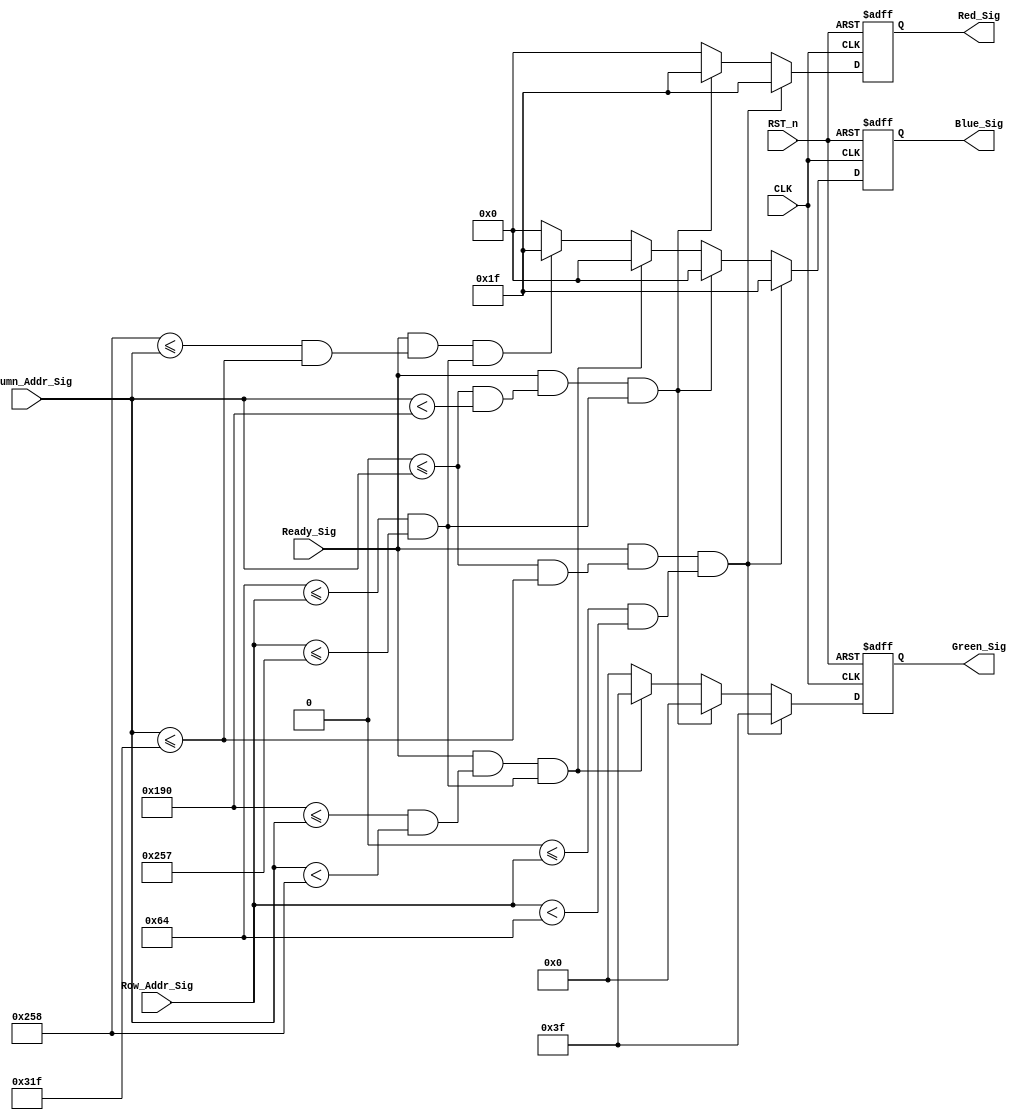


module vga_control_module (
    CLK,
    RST_n,
    Ready_Sig,
    Column_Addr_Sig,
    Row_Addr_Sig,
    Red_Sig,
    Green_Sig,
    Blue_Sig
    );
    
    input CLK;
    input RST_n;
    
    input Ready_Sig;
    input [10:0 ]Column_Addr_Sig;
    input [9:0] Row_Addr_Sig;
    
    output [4:0] Red_Sig;
    output [5:0] Green_Sig;
    output [4:0] Blue_Sig;
    
    
    reg [4:0] w_Red_Sig;
    reg [5:0] w_Green_Sig;
    reg [4:0] w_Blue_Sig;
    
    /*
     * 
     * 1. Ready_Sig
     * 2. if else 
     */
    
    always @(posedge CLK or negedge RST_n) begin
        if (!RST_n) begin // 
            w_Red_Sig   <= 5'b0_0000;
            w_Green_Sig <= 6'b00_0000;
            w_Blue_Sig  <= 5'b0_0000;
        end
        else if (Ready_Sig && (11'd0 <= Column_Addr_Sig && Column_Addr_Sig <= 11'd799) && 
            (10'd0 <= Row_Addr_Sig && Row_Addr_Sig < 10'd100)) begin // 0 * 100 
            w_Red_Sig   <= 5'b1_1111;
            w_Green_Sig <= 6'b11_1111;
            w_Blue_Sig  <= 5'b1_1111;
        end
        else if (Ready_Sig && (11'd0 <= Column_Addr_Sig && Column_Addr_Sig < 11'd400) && 
            (10'd100 <= Row_Addr_Sig && Row_Addr_Sig <= 10'd599)) begin // (0, 100) ~ (400, 599) 
            w_Red_Sig   <= 5'b1_1111;
            w_Green_Sig <= 6'b00_0000;
            w_Blue_Sig  <= 5'b0_0000;
        end
        else if (Ready_Sig && (11'd400 <= Column_Addr_Sig && Column_Addr_Sig < 11'd600) && 
            (10'd100 <= Row_Addr_Sig && Row_Addr_Sig <= 10'd599)) begin // (400, 100) ~ (600, 599) 
            w_Red_Sig   <= 5'b0_0000;
            w_Green_Sig <= 6'b11_1111;
            w_Blue_Sig  <= 5'b0_0000;
        end
        else if (Ready_Sig && (11'd600 <=Column_Addr_Sig && Column_Addr_Sig <= 11'd799) && (
            10'd100 <= Row_Addr_Sig && Row_Addr_Sig <= 10'd599)) begin // (600, 100) ~ (799, 599) 
            w_Red_Sig   <= 5'b0_0000;
            w_Green_Sig <= 6'b00_0000;
            w_Blue_Sig  <= 5'b1_1111;
        end
        else begin
            w_Red_Sig   <= 5'b0_0000;
            w_Green_Sig <= 6'b00_0000;
            w_Blue_Sig  <= 5'b0_0000;
        end
    end

    assign Red_Sig   = w_Red_Sig;
    assign Green_Sig = w_Green_Sig;
    assign Blue_Sig  = w_Blue_Sig; 
    
endmodule